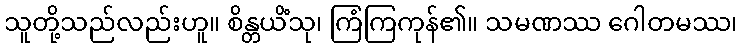
သူတို့သည်လည်းဟူ။ စိန္တယိံသု၊ ကြံကြကုန်၏။ သမဏဿ ဂေါတမဿ၊